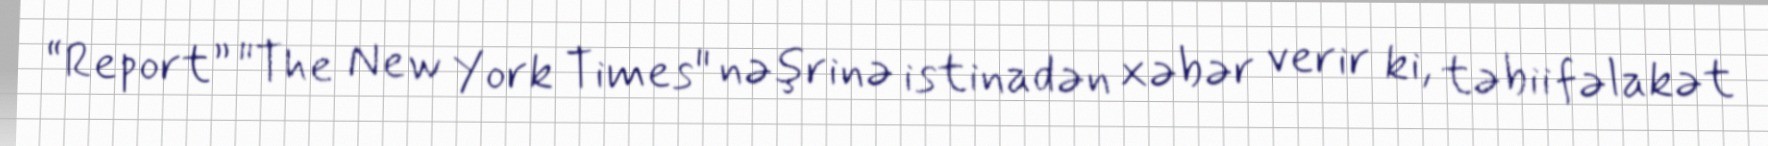
“Report” "The New York Times" nəşrinə istinadən xəbər verir ki, təbii fəlakət